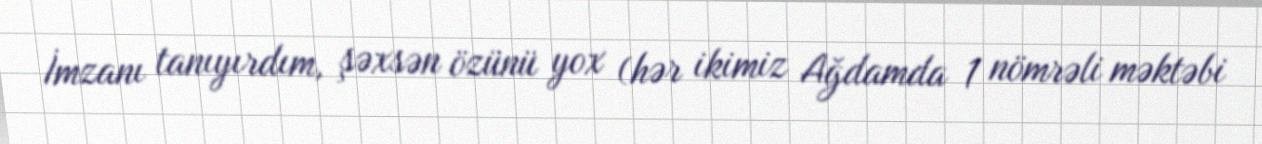
İmzanı tanıyırdım, şəxsən özünü yox (hər ikimiz Ağdamda 1 nömrəli məktəbi